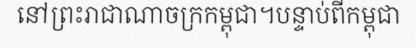
នៅព្រះរាជាណាចក្រកម្ពុជា។បន្ទាប់ពីកម្ពុជា